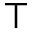
\top